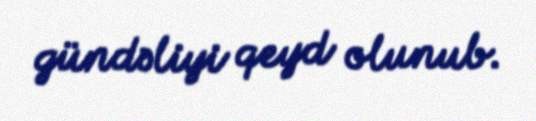
gündəliyi qeyd olunub.